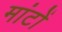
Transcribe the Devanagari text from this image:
मांटों